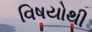
વિષયોથી